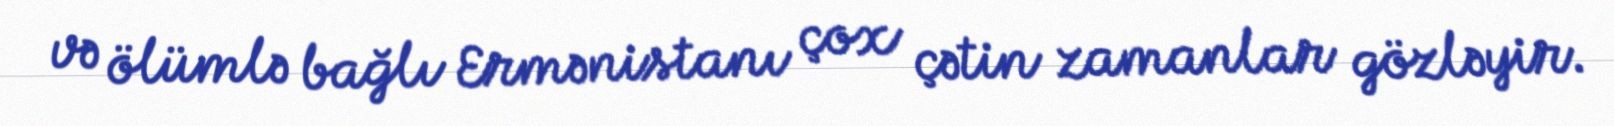
və ölümlə bağlı Ermənistanı çox çətin zamanlar gözləyir.